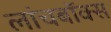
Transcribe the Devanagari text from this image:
लांचबॉक्स